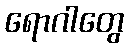
ရောဂါတွေ